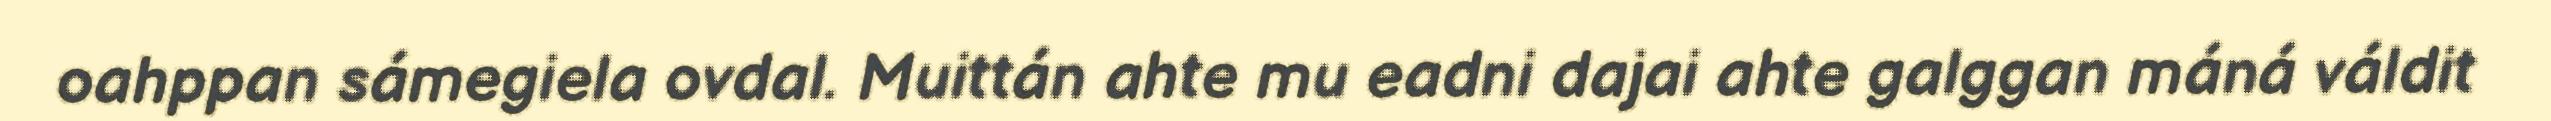
oahppan sámegiela ovdal. Muittán ahte mu eadni dajai ahte galggan máná váldit